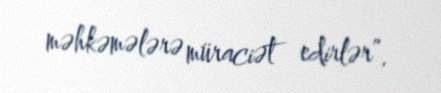
məhkəmələrə müraciət edirlər”.